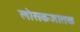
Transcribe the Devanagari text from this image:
लोसकजातक